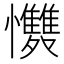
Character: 𭟩